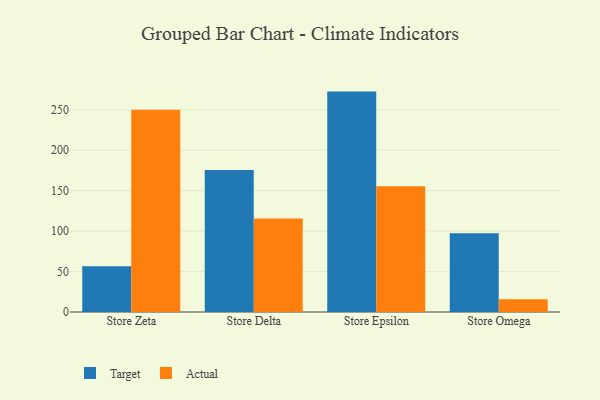
{"axis": {"x": "Store", "y": "Satisfaction Score"}, "legend": ["Actual", "Target"], "data": [{"x": "Store Zeta", "y": 56.6, "type": "Target"}, {"x": "Store Zeta", "y": 250.0, "type": "Actual"}, {"x": "Store Delta", "y": 175.4, "type": "Target"}, {"x": "Store Delta", "y": 115.6, "type": "Actual"}, {"x": "Store Epsilon", "y": 272.4, "type": "Target"}, {"x": "Store Epsilon", "y": 155.5, "type": "Actual"}, {"x": "Store Omega", "y": 97.3, "type": "Target"}, {"x": "Store Omega", "y": 15.8, "type": "Actual"}]}